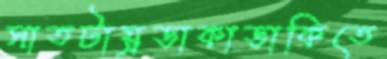
সাতটায়্রডাকাডাকিতে